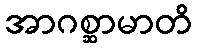
အာဂစ္ဆာမာတိ